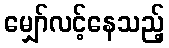
မျှော်လင့်နေသည့်